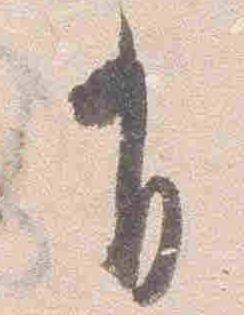
有